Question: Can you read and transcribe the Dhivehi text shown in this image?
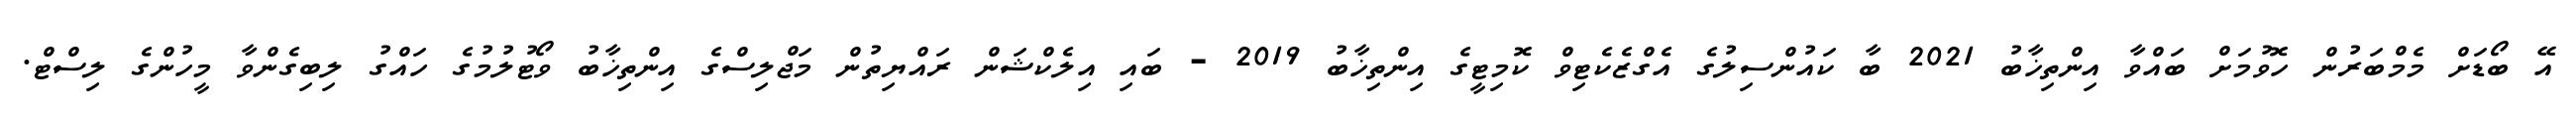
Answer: އޭ ބޯޑަށް މެމްބަރުން ހޮވުމަށް ބައްވާ އިންތިޚާބު 2021 ބާ ކައުންސިލުގެ އެގްޒެކެޓިވް ކޮމިޓީގެ އިންތިޚާބު 2019 - ބައި އިލެކްޝަން ރައްޔިތުން މަޖްލިސްގެ އިންތިޚާބު ވޯޓުލުމުގެ ހައްގު ލިބިގެންވާ މީހުންގެ ލިސްޓް.